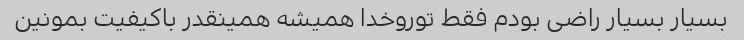
بسیار بسیار راضی بودم فقط توروخدا همیشه همینقدر باکیفیت بمونین